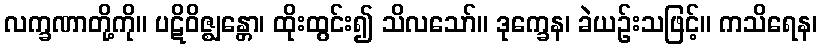
လက္ခဏာတို့ကို။ ပဋိဝိဇ္ဈန္တော၊ ထိုးထွင်း၍ သိလသော်။ ဒုက္ခေန၊ ခဲယဉ်းသဖြင့်။ ကသိရေန၊